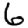
Digit: 6